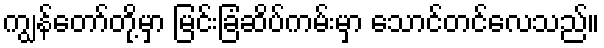
ကျွန်တော်တို့မှာ မြင်းခြံဆိပ်ကမ်းမှာ သောင်တင်လေသည်။